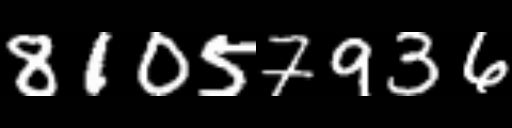
Text: 81057936